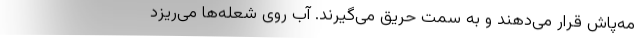
مه‌پاش قرار می‌دهند و به سمت حریق می‌گیرند. آب روی شعله‌ها می‌ریزد